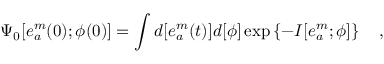
\Psi _ { 0 } [ e _ { a } ^ { m } ( 0 ) ; \phi ( 0 ) ] = \int d [ e _ { a } ^ { m } ( t ) ] d [ \phi ] \exp \left\{ - I [ e _ { a } ^ { m } ; \phi ] \right\} \quad ,